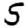
Digit: 5